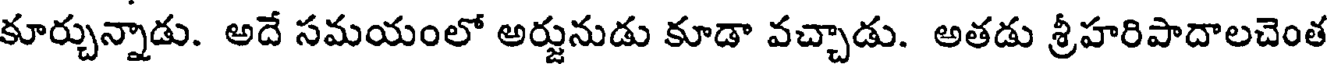
కూర్చున్నాడు. అదే సమయంలో అర్జునుడు కూడా వచ్చాడు. అతడు శ్రీహరిపాదాలచెంత